Reports on dispensaries and lunatic asylums in the Province of Oudh - 1869-1876
Year: 1869
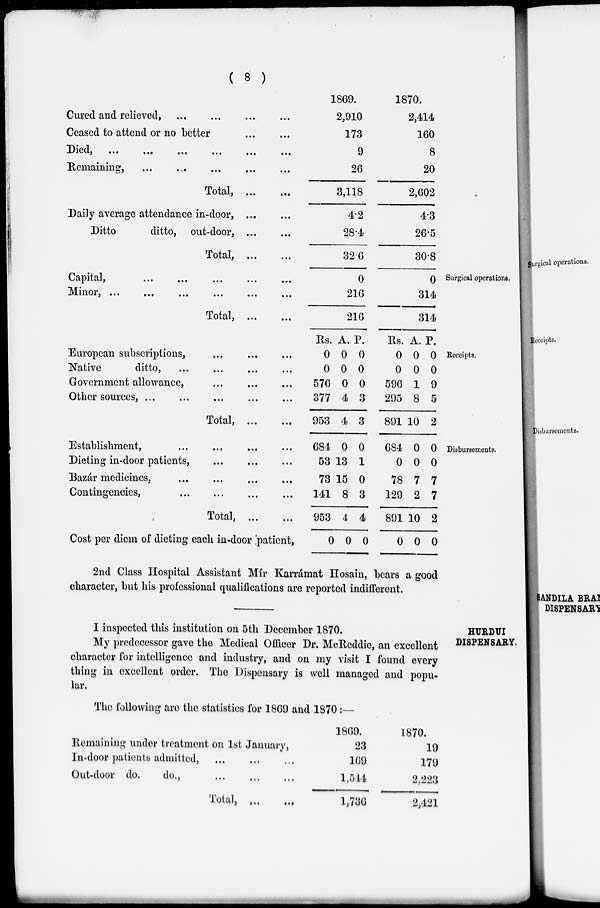
( 8 )
Cured and relieved, ... ... ... ...
Ceased to attend or no better ... ... ...
Died, ... ... ... ... ... ...
Remaining, ... ... ... ... ...
Total, ...
...
Daily average attendance in-door,
...
...
Ditto
ditto, out-door,
...
...
Total,
...
...
1869.
2,910
173
9
26
3,118
4.2
28.4
32.6
1870.
2,414
160
8
20
2,602
4.3
26.5
30.8
Surgical operations.
Capital,
...
...
...
...
...
Minor
,
...
...
...
...
...
...
Total,
...
...
0
216
216
0
314
314
Receipts.
European subscriptions, ... ... ...
Native
ditto, ... ... ... ...
Government allowance, ... ... ...
Other sources, ... ... ... ... ...
Total, ...
...
Rs.
0
0
576
377
953
A.
0
0
0
4
4
P.
0
0
0
3
3
Rs.
0
0
596
295
891
A.
0
0
1
8
10
P.
0
0
9
5
2
Disbursements.
Establishment, ... ... ... ...
Dieting in-door patients, ... ... ...
Bazár medicines, ... ... ... ...
Contingencies, ... ... ... ...
Total, ...
...
Cost per diem of dieting each in-door patient,
684
53
73
141
953
0
0
13
15
8
4
0
0
1
0
3
4
0
684
0
78
129
891
0
0
0
7
2
10
0
0
0
7
7
2
0
2nd Class Hospital Assistant Mir Karrámat Hosain, bears a good
character, but his professional qualifications are reported indifferent.
HURDUI
DISPENSARY.
I inspected this institution on 5th December 1870.
My predecessor gave the Medical Officer Dr. McReddie, an excellent
character for intelligence and industry, and on my visit I found every
thing in excellent order. The Dispensary is well managed and popu-
lar.
The following are the statistics for 1869 and 1870:—
Remaining under treatment on 1st January,
In-door patients admitted,
...
...
...
Out-door do.
do.,
...
...
...
Total,
...
...
1869.
23
169
1,544
1,736
1870.
19
179
2,223
2,421